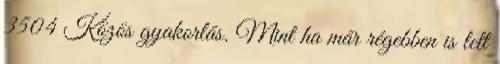
3504 Közös gyakorlás. Mint ha már régebben is lett